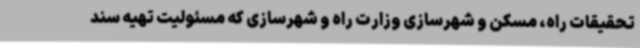
تحقیقات راه، مسکن و شهرسازی وزارت راه و شهرسازی که مسئولیت تهیه سند